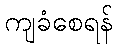
ကျခံစေရန်